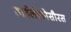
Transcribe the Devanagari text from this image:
डाईलोफ़ोसौरस